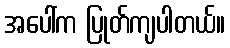
အပေါ်က ပြုတ်ကျပါတယ်။